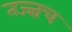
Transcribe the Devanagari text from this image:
तज्ज्ञच